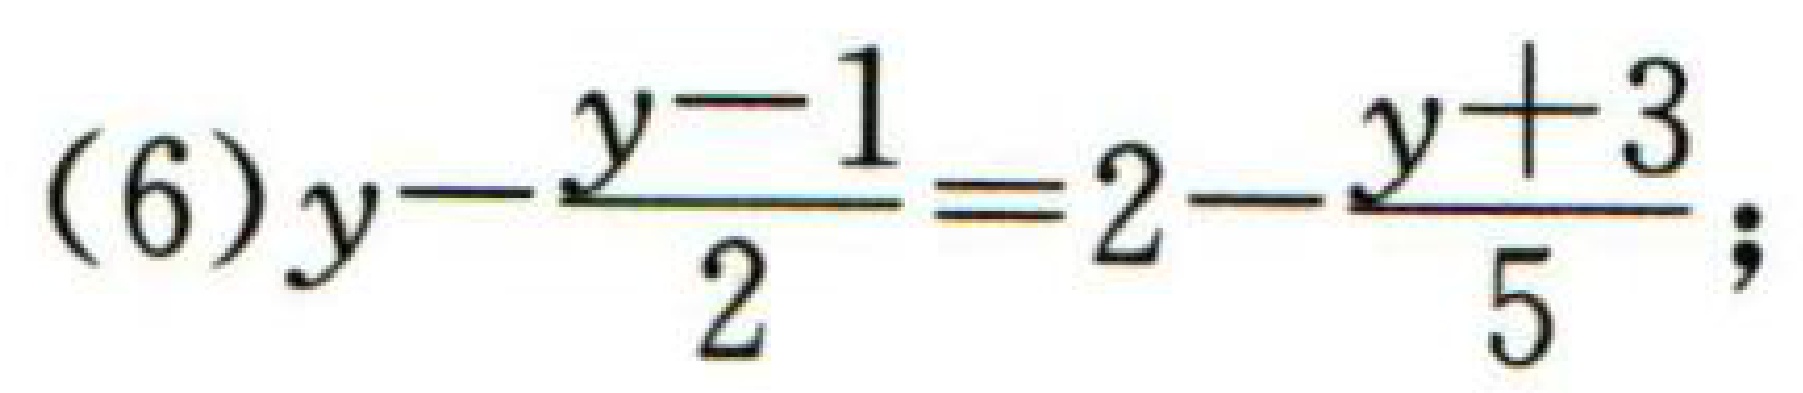
\((6)y - \dfrac{y - 1}{2}=2-\dfrac{y + 3}{5};\)